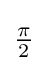
{\begin{matrix}{\frac {\pi }{2}}\end{matrix}}